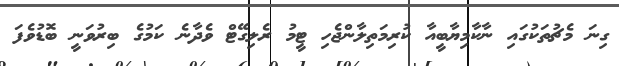
ގިނަ މެޗުތަކުގައި ނާކާމިޔާބީއާ ކުރިމަތިލާންޖެހި ޓީމު ރެލިގޭޓް ވެދާނެ ކަމުގެ ބިރުވަނީ ބޮޑުވެފަ